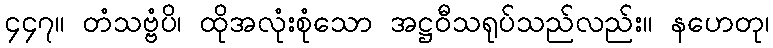
၄၄၇။ တံသဗ္ဗံပိ၊ ထိုအလုံးစုံသော အဋ္ဌဝီသရုပ်သည်လည်း။ နဟေတု၊